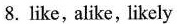
8. like, alike, likely